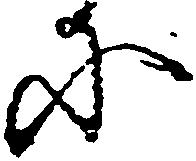
に